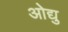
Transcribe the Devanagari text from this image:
ओद्यु